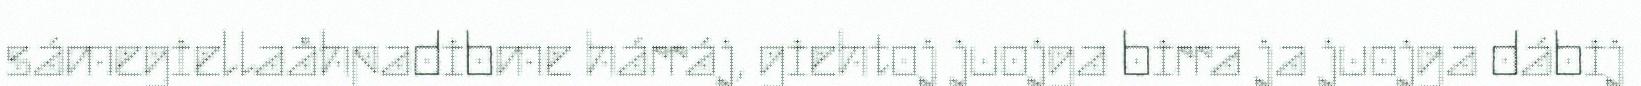
sámegiellaåhpadibme hárráj, giehtoj juojga birra ja juojga dábij